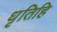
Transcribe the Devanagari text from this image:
धृतिहि